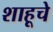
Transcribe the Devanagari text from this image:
शाहूचे